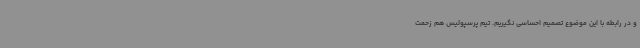
و در رابطه با این موضوع تصمیم احساسی نگیریم. تیم پرسپولیس هم زحمت